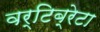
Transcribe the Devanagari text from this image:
वर्टिब्रेटा